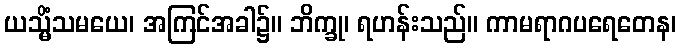
ယသ္မိံသမယေ၊ အကြင်အခါ၌။ ဘိက္ခု၊ ရဟန်းသည်။ ကာမရာဂပရေတေန၊